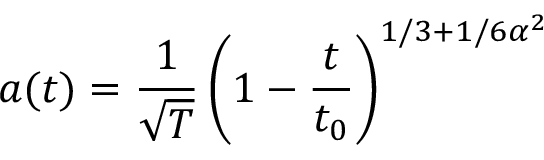
a ( t ) = \frac { 1 } { \sqrt T } \left( 1 - \frac { t } { t _ { 0 } } \right) ^ { 1 / 3 + 1 / 6 \alpha ^ { 2 } }